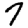
Digit: 7